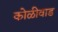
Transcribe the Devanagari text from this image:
कोळीवाड